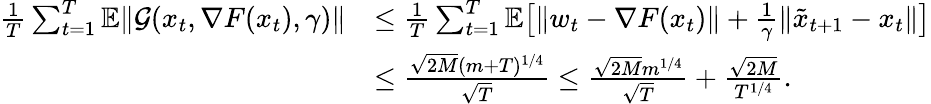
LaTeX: \begin{array}{rl}{\frac{1}{T}\sum_{t=1}^{T}\mathbb{E}\| \mathcal{G}(x_{t},\nabla F(x_{t}),\gamma)\| }&{\leq\frac{1}{T}\sum_{t=1}^{T}\mathbb{E}\big[\| w_{t}-\nabla F(x_{t})\| +\frac{1}{\gamma}\| \tilde{x}_{t+1}-x_{t}\| \big]}\\ &{\leq\frac{\sqrt{2M}(m+T)^{1/4}}{\sqrt{T}}\leq\frac{\sqrt{2M}m^{1/4}}{\sqrt{T}}+\frac{\sqrt{2M}}{T^{1/4}}.}\end{array}